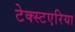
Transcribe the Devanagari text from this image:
टेक्स्टएरिया